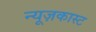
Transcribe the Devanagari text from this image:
न्यूज़कास्ट